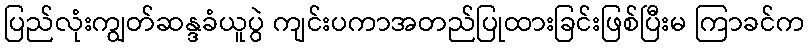
ပြည်လုံးကျွတ်ဆန္ဒခံယူပွဲ ကျင်းပကာအတည်ပြုထားခြင်းဖြစ်ပြီးမ ကြာခင်က